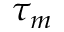
\tau _ { m }